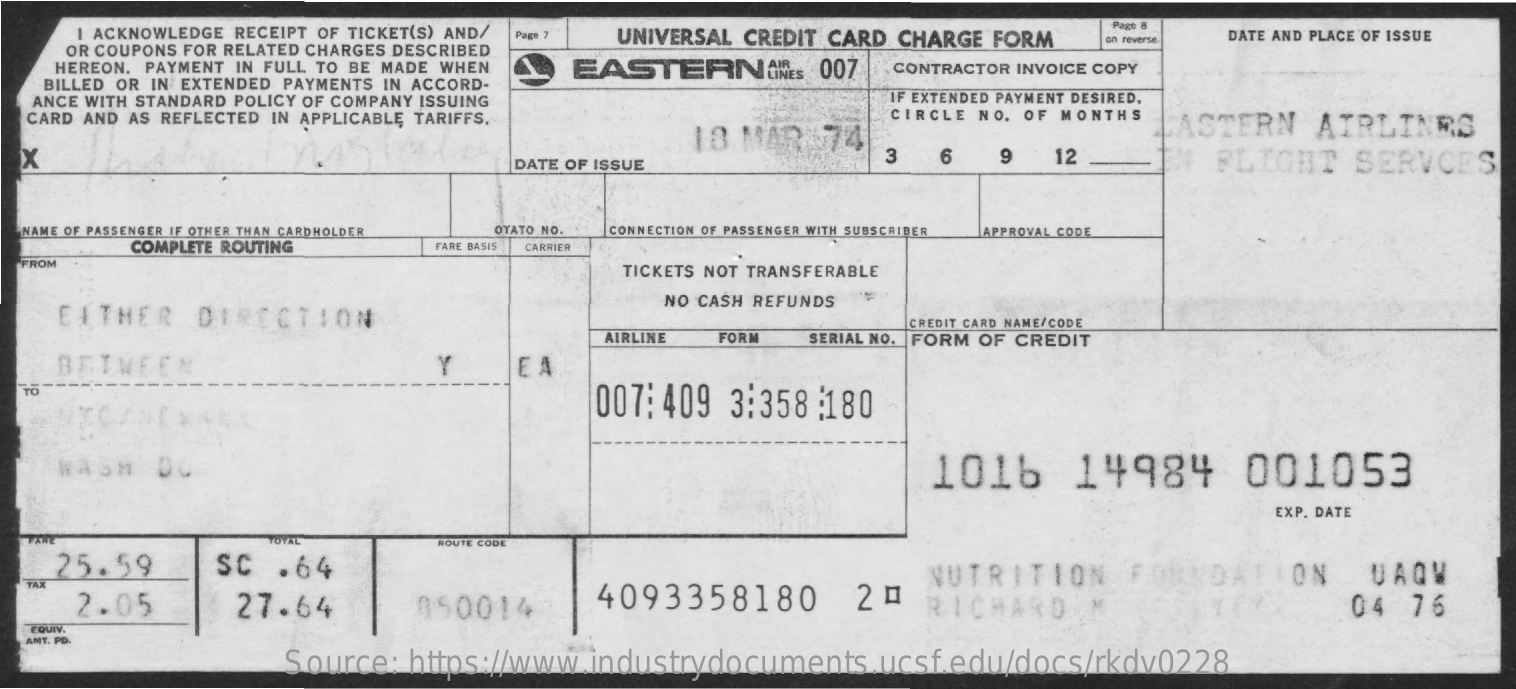
I ACKNOWLEDGE RECEIPT OF TICKET(S) AND/ Page 7 UNIVERSAL CREDIT CARD CHARGE FORM
     Page 8
     OR COUPONS FOR RELATED CHARGES DESCRIBED
     on reverse. DATE AND PLACE OF ISSUE
    HEREON. PAYMENT IN FULL TO BE MADE WHEN EASTERNINES   007  CONTRACTOR INVOICE COPY
   BILLED OR IN EXTENDED PAYMENTS IN ACCORD-
   ANCE WITH STANDARD POLICY OF COMPANY ISSUING    IF EXTENDED PAYMENT DESIRED,
  CARD AND AS REFLECTED IN APPLICABLE TARIFFS.
     18 MAR   74
     CIRCLE NO. OF MONTHS
     CASTERN   AIRLINES
  X    DATE OF ISSUE
     3   6   9   12    FLIGHT    SERVCES
  NAME OF PASSENGER IF OTHER THAN CARDHOLDER OTATO NO.
     COMPLETE ROUTING
     CONNECTION OF PASSENGER WITH SUBSCRIBER APPROVAL CODE
     FARE BASIS CARRIER
  FROM
     TICKETS NOT TRANSFERABLE
    EITHER    DIRECTION
     NO CASH REFUNDS
     AIRLINE
     CREDIT CARD NAME/CODE
     FORM  SERIAL NO. FORM OF CREDIT
    BETWEEN    Y    E A
  TO
     007: 409 3:358 :180
     1016    14984    001053
     EXP. DATE
     YOYAL    ROUTE CODE
    25.59    SC .64
     27.64
     NUTRITION
     050014    4093358180    2-   RICHARD
     ON   UAQW
  TAX
     2.05    04  76
   EQUIV.
  AMT. PD.
     Source: https://www.industrydocuments.ucsf.edu/docs/rkdv0228